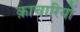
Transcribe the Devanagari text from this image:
क़ाचारियों